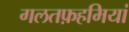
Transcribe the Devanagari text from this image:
गलतफ़हमियां